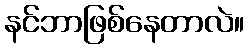
နင်ဘာဖြစ်နေတာလဲ။